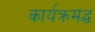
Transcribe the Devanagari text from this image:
कार्यक्रमद्ध